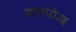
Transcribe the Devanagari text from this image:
वामपोआ